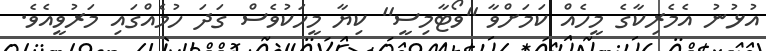
އުޅުނު އެމެރިކާގެ މީހެއް ކަމަށްވާ ''ވޯޓާމިސީ'' ކިޔާ މީހަކުވެސް ގަދަ ހުމެއްގައި މަރުވީއެވެ.